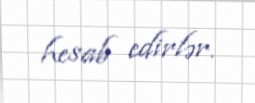
hesab edirlər.